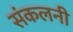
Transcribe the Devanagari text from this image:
संकलनी